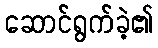
ဆောင်ရွက်ခဲ့၏